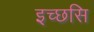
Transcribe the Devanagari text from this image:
इच्छसि